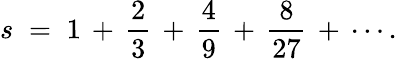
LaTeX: s\; =\; 1\, +\, {\frac{2}{3}}\, +\, {\frac{4}{9}}\, +\, {\frac{8}{27}}\, +\, \cdots.